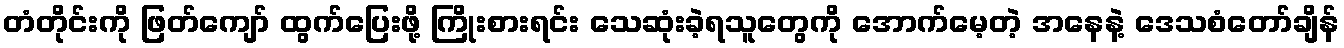
တံတိုင်းကို ဖြတ်ကျော် ထွက်ပြေးဖို့ ကြိုးစားရင်း သေဆုံးခဲ့ရသူတွေကို အောက်မေ့တဲ့ အနေနဲ့ ဒေသစံတော်ချိန်